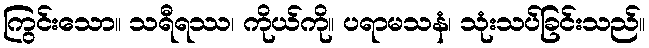
ကြွင်းသော။ သရီရဿ၊ ကိုယ်ကို။ ပရာမသနံ၊ သုံးသပ်ခြင်းသည်။